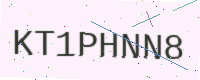
Text: KT1PHNN8